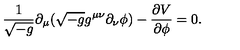
\frac { 1 } { \sqrt { - g } } \partial _ { \mu } ( \sqrt { - g } g ^ { \mu \nu } \partial _ { \nu } \phi ) - \frac { \partial V } { \partial \phi } = 0 .